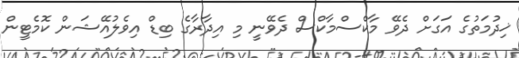
ޚިދުމަތުގެ އަގަށް ދެވޭ މާކްސްމާކްސް ދެވޭނީ މި އިދާރާގެ ބިޑް އިވެލުއޭޝަން ކޮމެޓީން